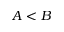
A < B